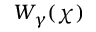
W _ { \gamma } ( \chi )